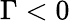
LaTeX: \Gamma<0